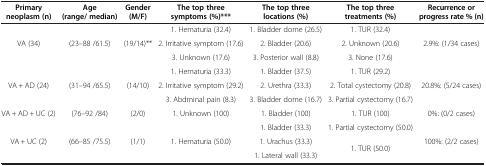
<table><thead><tr><td><b>Primary neoplasm (n)</b></td><td><b>Age(range/ median)</b></td><td><b>Gender (M/F)</b></td><td><b>The top three symptoms (%)***</b></td><td><b>The top three locations (%)</b></td><td><b>The top three treatments (%)</b></td><td><b>Recurrence or progress rate % (n)</b></td></tr></thead><tbody><tr><td rowspan="3">VA (34)</td><td rowspan="3">(23–88 /61.5)</td><td rowspan="3">(19/14)**</td><td>1. Hematuria (32.4)</td><td>1. Bladder dome (26.5)</td><td>1. TUR (32.4)</td><td rowspan="3">2.9%: (1/34 cases)</td></tr><tr><td>2. Irritative symptom (17.6)</td><td>2. Bladder (20.6)</td><td>2. Unknown (20.6)</td></tr><tr><td>3. Unknown (17.6)</td><td>3. Posterior wall (8.8)</td><td>3. None (17.6)</td></tr><tr><td rowspan="3">VA + AD (24)</td><td rowspan="3">(31–94 /65.5)</td><td rowspan="3">(14/10)</td><td>1. Hematuria (33.3)</td><td>1. Bladder (37.5)</td><td>1. TUR (29.2)</td><td rowspan="3">20.8%: (5/24 cases)</td></tr><tr><td>2. Irritative symptom (29.2)</td><td>2. Urethra (33.3)</td><td>2. Total cystectomy (20.8)</td></tr><tr><td>3. Abdminal pain (8.3)</td><td>3. Bladder dome (16.7)</td><td>3. Partial cystectomy (16.7)</td></tr><tr><td>VA + AD + UC (2)</td><td>(76–92 /84)</td><td>(2/0)</td><td>1. Unknown (100)</td><td>1. Bladder (100)</td><td>1. TUR (100)</td><td>0%: (0/2 cases)</td></tr><tr><td rowspan="3">VA + UC (2)</td><td rowspan="3">(66–85 /75.5)</td><td rowspan="3">(1/1)</td><td rowspan="3">1. Hematuria (50.0)</td><td>1. Bladder (33.3)</td><td>1. Partial cystectomy (50.0)</td><td rowspan="3">100%: (2/2 cases)</td></tr><tr><td>1. Urachus (33.3)</td><td>[EMPTY_CELL]</td></tr><tr><td>[EMPTY_CELL]</td><td>1. TUR (50.0)</td></tr><tr><td>[EMPTY_CELL]</td><td>[EMPTY_CELL]</td><td>[EMPTY_CELL]</td><td>[EMPTY_CELL]</td><td>1. Lateral wall (33.3)</td><td>[EMPTY_CELL]</td><td>[EMPTY_CELL]</td></tr></tbody></table>